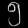
Digit: ၅